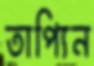
তাপ্যিন